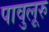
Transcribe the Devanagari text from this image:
पावुलूरु